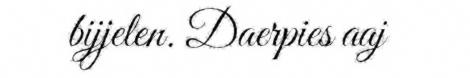
bijjelen. Daerpies aaj